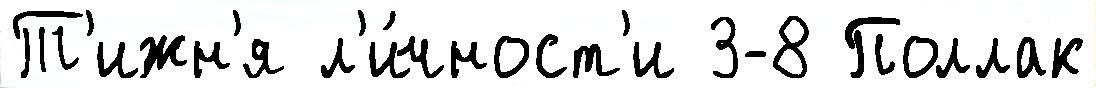
Т'ижн'я л'и́чност'и 3-8 Поллак